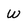
Character: w